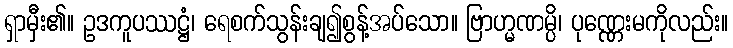
ရှာမှီး၏။ ဥဒကူပဿဋ္ဌံ၊ ရေစက်သွန်းချ၍စွန့်အပ်သော။ ဗြာဟ္မဏမ္ပိ၊ ပုဏ္ဏေးမကိုလည်း။